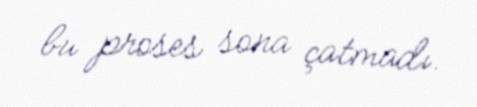
bu proses sona çatmadı.